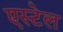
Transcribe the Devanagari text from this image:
एस्टेल